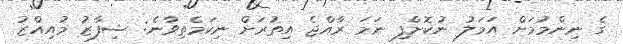
ގެ ނިންމުމަށް އަމަލު ނުކޮށްފި ނަމަ ރާއްޖެ އިތުރަށް ނިކަމެތިވާނެ: ޝިފާޒު މުއިއްޒު